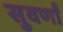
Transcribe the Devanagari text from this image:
सुवर्णां